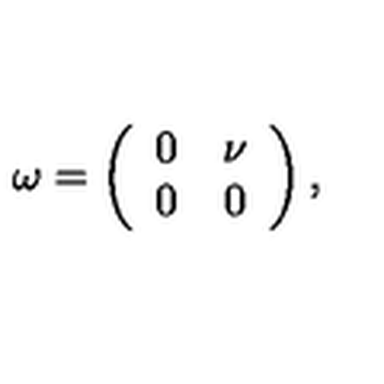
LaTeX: \omega = \left( \begin{array} { r r } { 0 } & { \nu } \\ { 0 } & { 0 } \\ \end{array} \right) ,